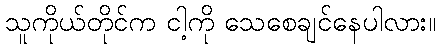
သူကိုယ်တိုင်က ငါ့ကို သေစေချင်နေပါလား။